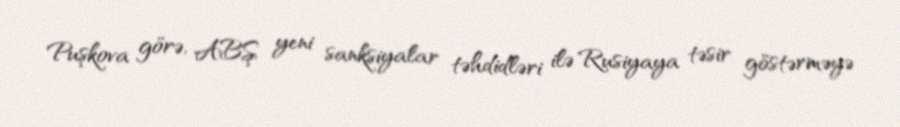
Puşkova görə, ABŞ yeni sanksiyalar təhdidləri ilə Rusiyaya təsir göstərməyə